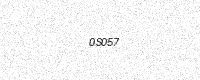
Text: 0S057